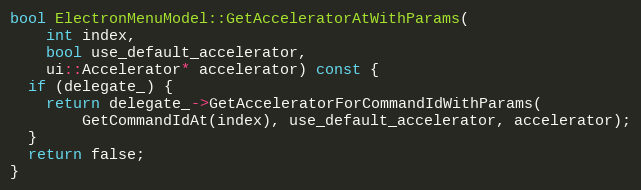
Language: C++
bool ElectronMenuModel::GetAcceleratorAtWithParams(
    int index,
    bool use_default_accelerator,
    ui::Accelerator* accelerator) const {
  if (delegate_) {
    return delegate_->GetAcceleratorForCommandIdWithParams(
        GetCommandIdAt(index), use_default_accelerator, accelerator);
  }
  return false;
}